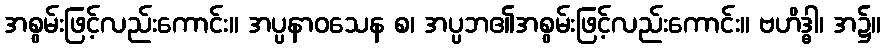
အစွမ်းဖြင့်လည်းကောင်း။ အပ္ပနာဝသေန စ၊ အပ္ပဘ၏အစွမ်းဖြင့်လည်းကောင်း။ ဗဟိဒ္ဓါ၊ အ၌။